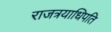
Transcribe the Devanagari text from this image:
राजत्रयाधिपति